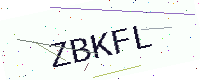
Text: ZBKFL